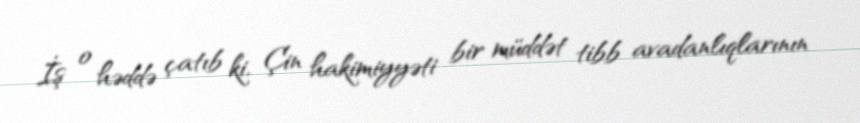
İş o həddə çatıb ki, Çin hakimiyyəti bir müddət tibb avadanlıqlarının